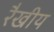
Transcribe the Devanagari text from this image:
रैखीय